Indian journal of veterinary science and animal husbandry - Volume 2,
Year: 1932
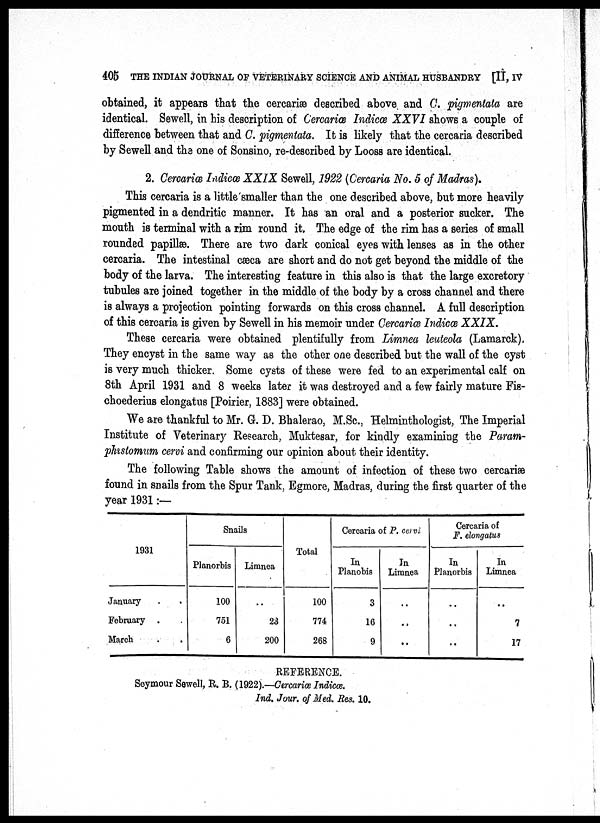
405 THE INDIAN JOURNAL OF VETERINARY SCIENCE AND ANIMAL HUSBANDRY [II, IV
obtained, it appears that the cercariæ described above and C. pigmentata are
identical. Sewell, in his description of Cercariæ Indicœ XXVI shows a couple of
difference between that and C. pigmentata. It is likely that the cercaria described
by Sewell and the one of Sonsino, re-described by Looss are identical.
2. Cercariæ Indicœ XXIX Sewell, 1922 (Cercaria No. 5 of Madras).
This cercaria is a little smaller than the one described above, but more heavily
pigmented in a dendritic manner. It has an oral and a posterior sucker. The
mouth is terminal with a rim round it. The edge of the rim has a series of small
rounded papillæ. There are two dark conical eyes with lenses as in the other
cercaria. The intestinal cæca are short and do not get beyond the middle of the
body of the larva. The interesting feature in this also is that the large excretory
tubules are joined together in the middle of the body by a cross channel and there
is always a projection pointing forwards on this cross channel. A full description
of this cercaria is given by Sewell in his memoir under Cercariæ Indicœ XXIX.
These cercaria were obtained plentifully from Limnea leuteola (Lamarck).
They encyst in the same way as the other one described but the wall of the cyst
is very much thicker. Some cysts of these were fed to an experimental calf on
8th April 1931 and 8 weeks later it was destroyed and a few fairly mature Fis-
choederius elongatus [Poirier, 1883] were obtained.
We are thankful to Mr. G. D. Bhalerao, M.Sc., Helminthologist, The Imperial
Institute of Veterinary Research, Muktesar, for kindly examining the Param-
phistomum cervi and confirming our opinion about their identity.
The following Table shows the amount of infection of these two cercariæ
found in snails from the Spur Tank, Egmore, Madras, during the first quarter of the
year 1931:—
1931
January . .
February . .
March . .
Snails
Planorbis
100
751
6
Limnea
..
23
200
Total
100
774
268
Cercaria of P. cervi
In
Planobis
3
16
9
In
Limnea
..
..
..
Cercaria of
F. elongatus
In
Planorbis
..
..
..
In
Limnea
..
7
17
REFERENCE.
Seymour Sewell, R. B. (1922).—Cercariæ Indicœ.
Ind. Jour. of Med. Res. 10.